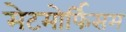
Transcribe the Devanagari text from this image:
मेटमोर्फिसम